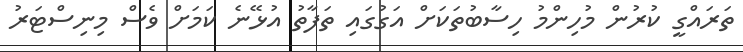
ތަރައްގީ ކުރުން މުހިންމު ހިސާބުތަކަށް އަގުގައި ތަފާތު އުޅޭނެ ކަމަށް ވެސް މިނިސްޓަރު